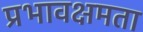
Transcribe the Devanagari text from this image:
प्रभावक्षमता